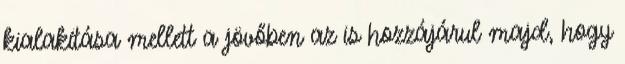
kialakítása mellett a jövőben az is hozzájárul majd, hogy